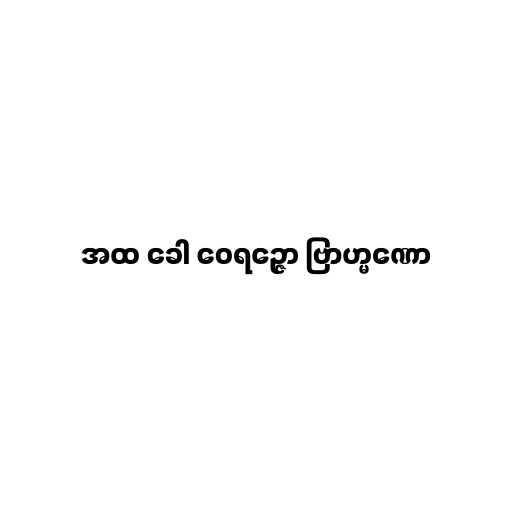
အထ ခေါ ဝေရဉ္ဇော ဗြာဟ္မဏော